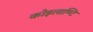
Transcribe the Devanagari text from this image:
कोइलाण्टि